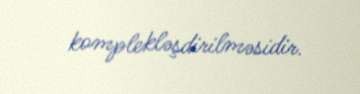
komplekləşdirilməsidir.